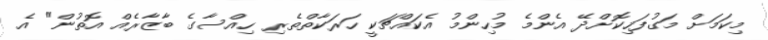
މިކަމަށް މަގުފަހިކޮށްދޭ އެންމެ މުހިންމު އެކައްޗަކީ ހަރަކާތްތެރި ހިއްސާގެ ބާޒާރެއް އޮތުން" އެ